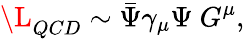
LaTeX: \L_{QCD}\sim\bar{\Psi}\gamma_{\mu}\Psi\ G^{\mu},